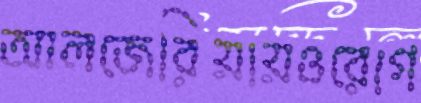
আলজেরিয়ায়ওরোগ